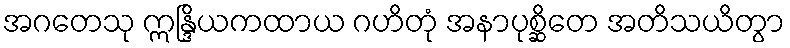
အဂတေသု ဣန္ဒြိယကထာယ ဂဟိတုံ အနာပုစ္ဆိတေ အတိသယိတွာ